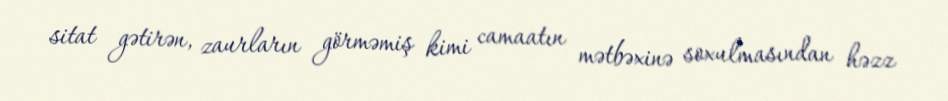
sitat gətirən, zaurların görməmiş kimi camaatın mətbəxinə soxulmasından həzz